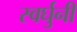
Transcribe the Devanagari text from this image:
स्वर्घुनी